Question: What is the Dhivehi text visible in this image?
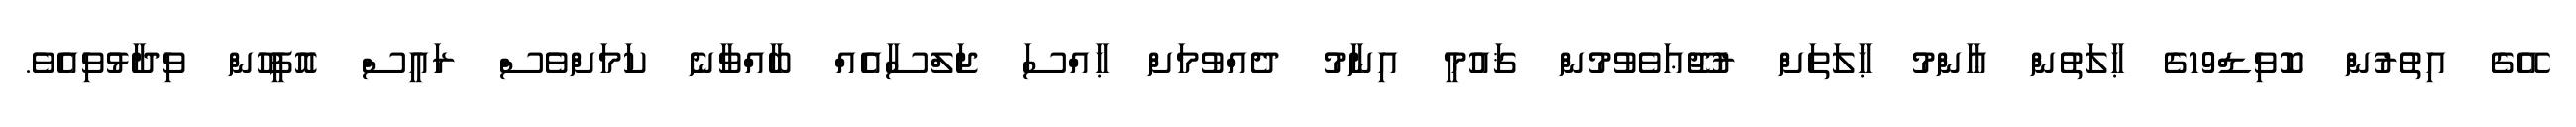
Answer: އޭގެ އިތުރުން ކޮވިޑް19ގެ ޙާލަތުން ޢާންމު ޙާލަތަށް ރުޖޫޢަވެވުމުން ޤައުމީ އިނާމު ދެއްވުމަށް ޙާއްސަ ޖަލްސާއެއް ބާއްވާނެ ކަމަށްވެސް ރައީސް އޮފީހުން ވިދާޅުވިއެވެ.